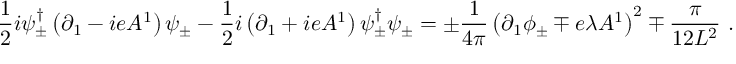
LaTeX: \frac { 1 } { 2 } i \psi _ { \pm } ^ { \dagger } \left( \partial _ { 1 } - i e A ^ { 1 } \right) \psi _ { \pm } - \frac { 1 } { 2 } i \left( \partial _ { 1 } + i e A ^ { 1 } \right) \psi _ { \pm } ^ { \dagger } \psi _ { \pm } = \pm \frac { 1 } { 4 \pi } \left( \partial _ { 1 } \phi _ { \pm } \mp e \lambda A ^ { 1 } \right) ^ { 2 } \mp \frac { \pi } { 1 2 L ^ { 2 } } \ .